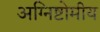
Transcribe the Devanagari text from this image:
अग्निष्टोमीय